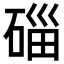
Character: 𥓲